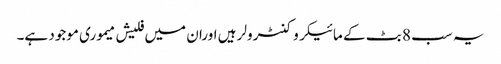
یہ سب 8 بٹ کے مائیکروکنٹرولر ہیں اوران میں فلیش میموری موجود ہے۔